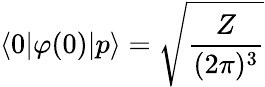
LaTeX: \langle 0|\varphi(0)|p\rangle={\sqrt{\frac{Z}{(2\pi)^{3}}}}